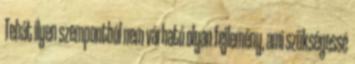
Tehát ilyen szempontból nem várható olyan fejlemény, ami szükségessé